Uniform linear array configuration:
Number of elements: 24
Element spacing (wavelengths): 0.75
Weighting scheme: uniform
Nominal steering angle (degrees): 60
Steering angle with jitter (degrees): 60.939
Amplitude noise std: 0.05
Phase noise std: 0.05

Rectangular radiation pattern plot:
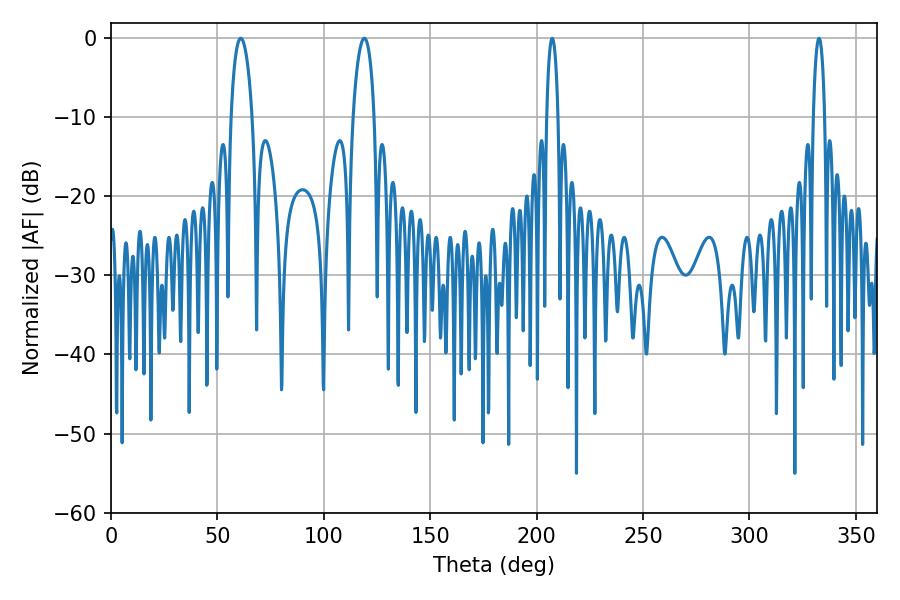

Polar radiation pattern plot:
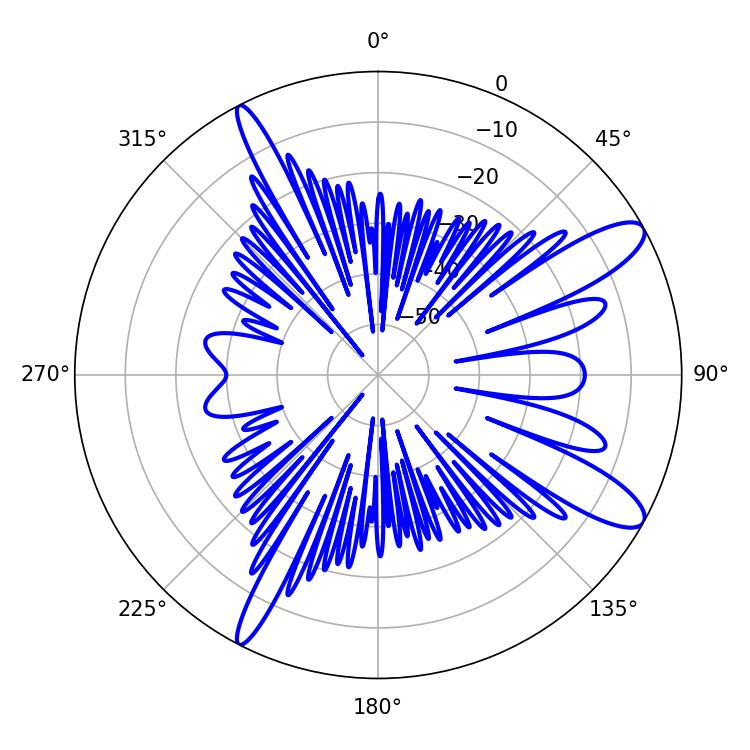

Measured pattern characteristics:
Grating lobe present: TRUE
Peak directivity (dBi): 11.52
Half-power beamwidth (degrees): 5.58
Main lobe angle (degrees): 61.02